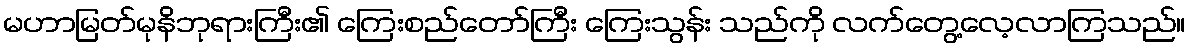
မဟာမြတ်မုနိဘုရားကြီး၏ ကြေးစည်တော်ကြီး ကြေးသွန်း သည်ကို လက်တွေ့လေ့လာကြသည်။